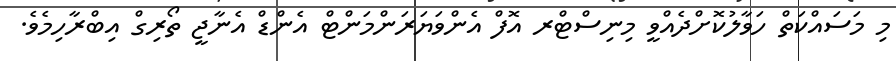
މި މަަސައްކަތް ހަވާލުކޮށްދެއްވީ މިނިސްޓްރ އޮފް އެންވަޔަރަންމަންޓް އެންޑް އެނާޖީ ތޯރިގް އިބްރާހިމެވެ.